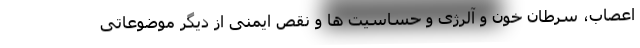
اعصاب، سرطان خون و آلرژی و حساسیت ها و نقص ایمنی از دیگر موضوعاتی